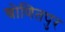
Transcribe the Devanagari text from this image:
श्रोणितपुर